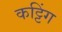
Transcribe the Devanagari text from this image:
कट्टिंग